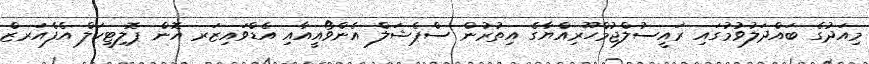
މިއަދުގެ ބައްދަލުވުމުގައި ރައީސުލްޖުމްހޫރިއްޔާގެ އިތުރުން ސްޕެޝަލް އެންވޯއީއާއި އެޑްވައިޒަރ އޮން ޕޮލިޓިކަލް އެފެއަރޒް